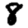
Digit: 8